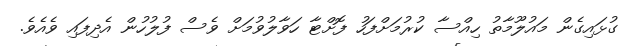
ގުޅައިގެން މައުލޫމާތު ހިއްސާ ކުރުމަށްފަހު ފޮށްޓާ ހަވާލުވުމަށް ވެސް ފުލުހުން އެދިފައި ވެއެވެ.